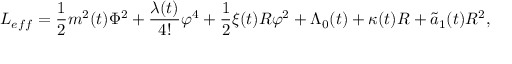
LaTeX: L _ { e f f } = \frac { 1 } { 2 } m ^ { 2 } ( t ) \Phi ^ { 2 } + \frac { \lambda ( t ) } { 4 ! } \varphi ^ { 4 } + \frac { 1 } { 2 } \xi ( t ) R \varphi ^ { 2 } + \Lambda _ { 0 } ( t ) + \kappa ( t ) R + \widetilde { a } _ { 1 } ( t ) R ^ { 2 } ,